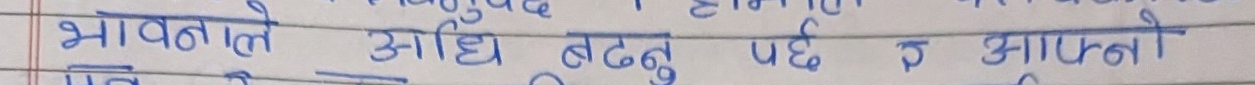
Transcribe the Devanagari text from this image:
भावताले अघि बढ्नु पर्छ र आफ्नो